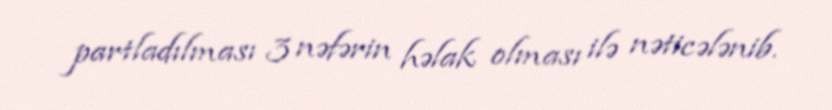
partladılması 3 nəfərin həlak olması ilə nəticələnib.